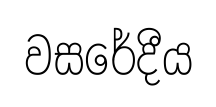
වසරේදීය